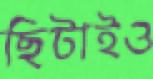
ছিটাইও